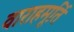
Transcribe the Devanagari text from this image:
वाराहमूर्ति